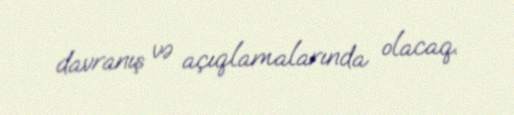
davranış və açıqlamalarında olacaq.